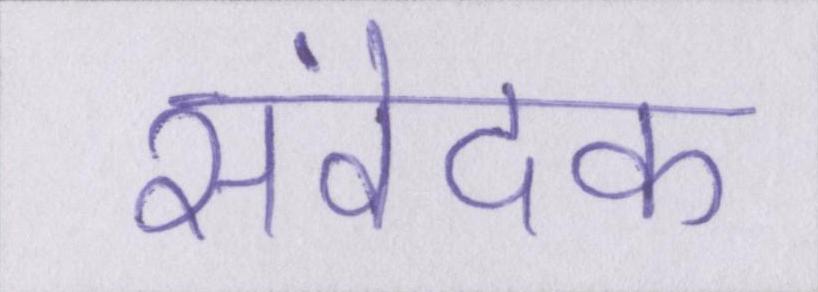
संवेदक